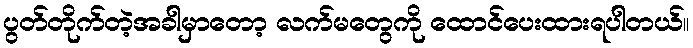
ပွတ်တိုက်တဲ့အခါမှာတော့ လက်မတွေကို ထောင်ပေးထားရပါတယ်။